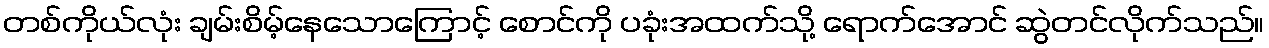
တစ်ကိုယ်လုံး ချမ်းစိမ့်နေသောကြောင့် စောင်ကို ပခုံးအထက်သို့ ရောက်အောင် ဆွဲတင်လိုက်သည်။